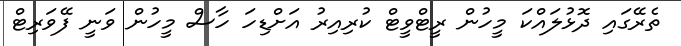
ތެރޭގައި ދޮޅުލައްކަ މީހުން ރީޓްވީޓް ކުރިއިރު އަށްޑިހަ ހާސް މީހުން ވަނީ ފޭވަރިޓް